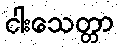
ငါးသေတ္တာ